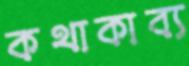
কথাকাব্য